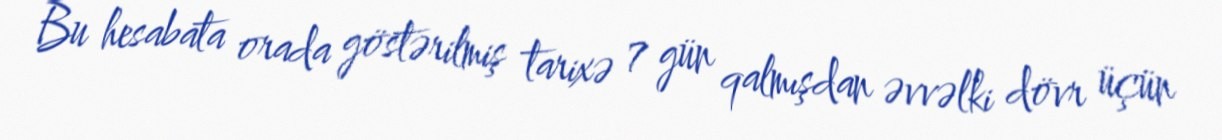
Bu hesabata orada göstərilmiş tarixə 7 gün qalmışdan əvvəlki dövr üçün